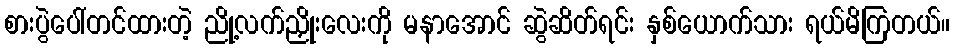
စားပွဲပေါ်တင်ထားတဲ့ ညို့လက်ညှိုးလေးကို မနာအောင် ဆွဲဆိတ်ရင်း နှစ်ယောက်သား ရယ်မိကြတယ်။